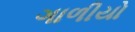
ગાળીયો